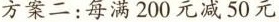
方案二：每满200元减50元